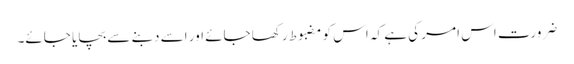
ضرورت اس امر کی ہے کہ اس کو مضبوط رکھا جائے اور اسے دبنے سے بچایا جائے۔